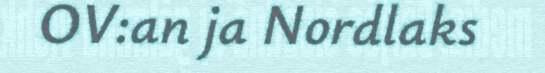
OV:an ja Nordlaks